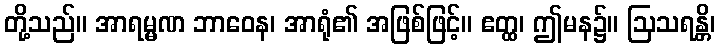
တို့သည်။ အာရမ္မဏ ဘာဝေန၊ အာရုံ၏ အဖြစ်ဖြင့်။ ဧတ္ထ၊ ဤမန၌။ ဩသရန္တိ၊